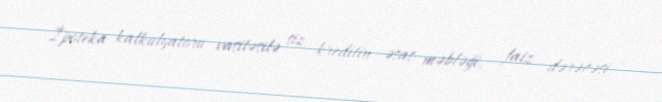
İpoteka kalkulyatoru vasitəsilə siz kreditin əsas məbləği, faiz dərəcəsi,